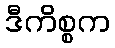
ဒီကိစ္စက